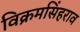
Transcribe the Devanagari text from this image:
विक्रमसिंहराव